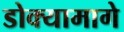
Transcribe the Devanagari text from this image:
डोक्यामागे